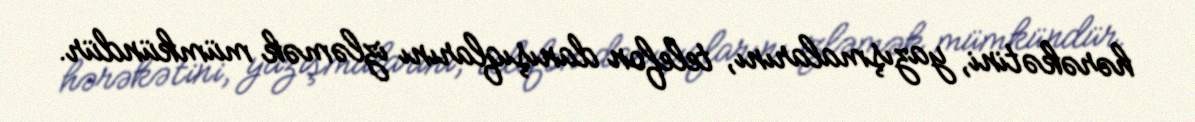
hərəkətini, yazışmalarını, telefon danışıqlarını izləmək mümkündür.